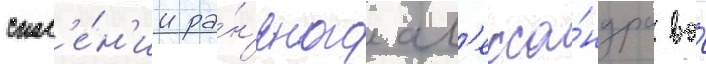
спас'е́н'ии ра́н'еного ал'екса́ндра во́